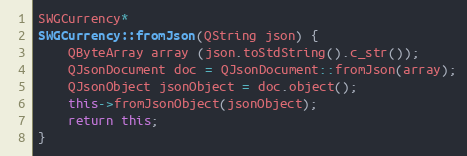
Language: C++
SWGCurrency*
SWGCurrency::fromJson(QString json) {
    QByteArray array (json.toStdString().c_str());
    QJsonDocument doc = QJsonDocument::fromJson(array);
    QJsonObject jsonObject = doc.object();
    this->fromJsonObject(jsonObject);
    return this;
}